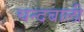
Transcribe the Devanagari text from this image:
चन्दबाली